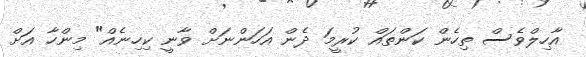
އާހިލްވެސް ތިހެން ކަންތައް ކުރީމަ ދެން އަހަންނަށް ވާނީ ކިހިނެއް" މިންހާ އަށް